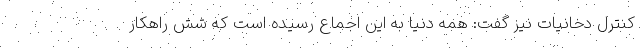
کنترل دخانیات نیز گفت: همه دنیا به این اجماع رسیده است که شش راهکار